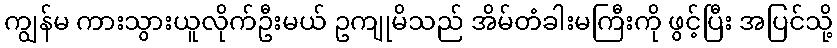
ကျွန်မ ကားသွားယူလိုက်ဦးမယ် ဥကျုမိသည် အိမ်တံခါးမကြီးကို ဖွင့်ပြီး အပြင်သို့